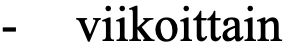
- viikoittain